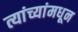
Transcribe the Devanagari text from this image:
त्यांच्यांमधून